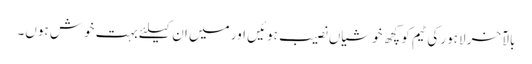
بالآخر لاہور کی ٹیم کو کچھ خوشیاں نصیب ہوئیں اور میں ان کیلئے بہت خوش ہوں۔